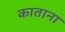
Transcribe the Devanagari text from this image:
काताना